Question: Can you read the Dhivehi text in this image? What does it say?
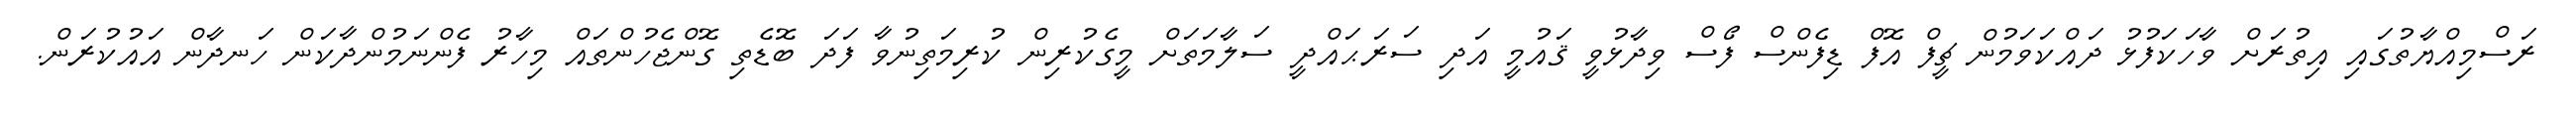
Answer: ރަސްމިއްޔާތުގައި އިތުރަށް ވާހަކަފުޅު ދައްކަވަމުން ޗީފް އޮފް ޑިފެންސް ފޯސް ވިދާޅުވީ ޤައުމީ އަދި ސަރަޙައްދީ ސަލާމަތަށް މީގެކުރިން ކުރިމަތިނުވާ ފަދަ ބޮޑެތި ގޮންޖެހުންތައް މިހާރު ފެންނަމުންދާކަން ހަނދާން އައުކުރަން.